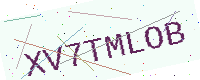
Text: XV7TMLOB